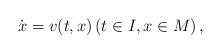
LaTeX: \begin{align*} \dot{x}=v(t, x) \left(t \in I, x\in M\right), \end{align*}